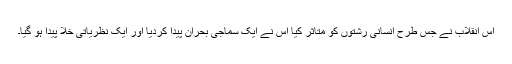
اس انقلاب نے جس طرح انسانی رشتوں کو متاثر کیا اس نے ایک سماجی بحران پیدا کردیا اور ایک نظریاتی خلا پیدا ہو گیا۔